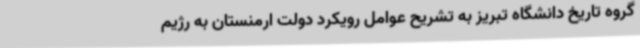
گروه تاریخ دانشگاه تبریز به تشریح عوامل رویکرد دولت ارمنستان به رژیم